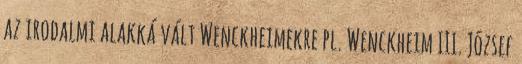
az irodalmi alakká vált Wenckheimekre pl. Wenckheim III. József